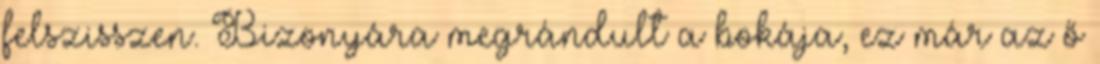
felszisszen. Bizonyára megrándult a bokája, ez már az ő